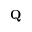
{ \bf Q }